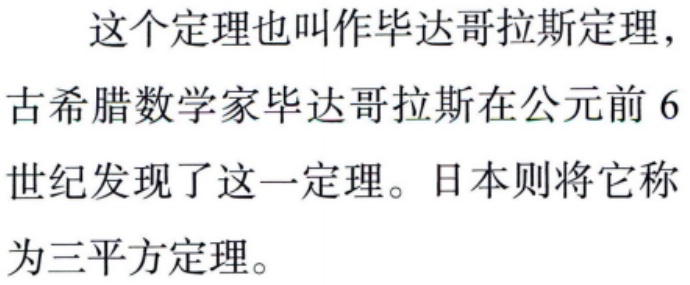
这个定理也叫作毕达哥拉斯定理，古希腊数学家毕达哥拉斯在公元前6世纪发现了这一定理。日本则将它称为三平方定理。